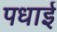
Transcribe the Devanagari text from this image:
पधाई